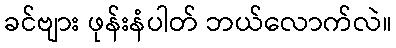
ခင်ဗျား ဖုန်းနံပါတ် ဘယ်လောက်လဲ။